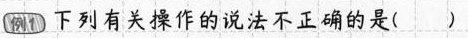
例1 下列有关操作的说法不正确的是( )